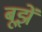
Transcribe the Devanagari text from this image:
बूझें